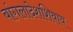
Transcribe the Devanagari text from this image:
बांगलादेशशिवाय